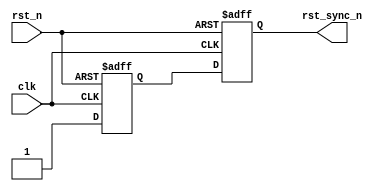
// (C) 2001-2023 Intel Corporation. All rights reserved.
// Your use of Intel Corporation's design tools, logic functions and other 
// software and tools, and its AMPP partner logic functions, and any output 
// files from any of the foregoing (including device programming or simulation 
// files), and any associated documentation or information are expressly subject 
// to the terms and conditions of the Intel Program License Subscription 
// Agreement, Intel FPGA IP License Agreement, or other applicable 
// license agreement, including, without limitation, that your use is for the 
// sole purpose of programming logic devices manufactured by Intel and sold by 
// Intel or its authorized distributors.  Please refer to the applicable 
// agreement for further details.


// synthesis translate_off
`timescale 1ns / 1ps
// synthesis translate_on

module altera_gtr_reset_synchronizer /* synthesis ALTERA_ATTRIBUTE = "SUPPRESS_DA_RULE_INTERNAL=\"R105\"" */ ( // Disable R105 rule check. This module itself is a reset synchronizer.
    input   clk,
    input   rst_n,

    output  rst_sync_n

);

reg     din_sync_1;
reg     din_sync_2;


always @(posedge clk or negedge rst_n) begin
    if (!rst_n) begin
        din_sync_1  <= 1'b0;
        din_sync_2  <= 1'b0;
    end
    else begin
        din_sync_1  <= 1'b1;
        din_sync_2  <= din_sync_1;
    end
end

assign rst_sync_n = din_sync_2;


endmodule
`ifdef QUESTA_INTEL_OEM
`pragma questa_oem_00 "rFam2OOQSshuL+eeTiF6ovooTHga3FuxmJ0pGFI8SKCGKNEi4UF+Yt52NudiSCyaGSStr7FjkcAoqYKcK1vS3TQ6nd+F44N8wwC4jERQwAMz1RyCnspOJFyY7ZydcqcL7fsC0OhmlJ7CZJagkFMvQx4ZHRwPmfljjuQuRdl6AhiFLcvLOAlyFTzIwPJT9tGS+HYBUgUrfd/E8t6Tk4Kqxhpr4e3e7hX3nJhRsac5d86hHSW60lLlFeFIxO+3JYZ1k1bYe92NMU5MLsr2eU+FtMST/h4/pQw7Yd5aRHqe4R8djwJYfWy0Lf7kc/vOeetVuthuRZn88DGUJ6ljma+EMtCNJ94AqpzLT/zOHD+TW40NAdm87FIxagB+FR1XfgE+JLbxuR7j4SO6KxG1Rm7Cm/IAYCTiz7YbSXw6pRnrlM+C8YgSZtgVsBpf7LUu3hl5v/sdkPgMTsaOnv8VsOTGZv8TmQs+KcFLKoC+vR6UuNFYGOuuWIzZySkMU71y67dm/W2602tL9n+2YypxL9lHRvmGDD1dm6z2rHlE9s9pNY49gMR3Yb/1gxJeR1pSSfFeGx2yYSVovnPLY47towAnea1vK6O92dnFcT5SaqmHVAShMRvYLd5EkvYhW/ZWZ+dCmQp+7V2fj93D/aEnpza7Jgz82HUpfPFibWOYXwdi7d+wDucOrq5s2MaydeVZAlg8OqrdY9+P2MgwnecfgBxCScn9e3clPQr45ulHz8IwVhaQAPlp/syZnyZJj1S2eH/PQ7PncubTI4/PxXJ99AH/78w2TJ6Udp/+zHaTd3Yf16BwRF5jfpJsPiXz4UtWePHEveGwGo+d1O3NfCyrZXzNI3UkcJdPj3bnd9S92R/vVnSZo5r4TGWmWSeBOK9aiPTrMcm2SCoMLOXxNeN+rCMVlZy7LwJqY0HPTZjIWGunIKZjlHuUlbQKouedM84Xx/cOwPxme8yD4LcqYJfh10OBt+1Q1jrpOdO2AF0Gg0tARk7lr31Lat2tamjwTuN91OzZ"
`endif